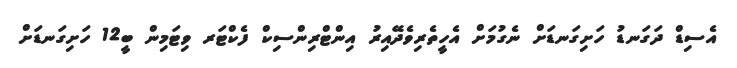
އެސިޑް ދަގަނޑު ހަށިގަނޑަށް ނެގުމަށް އެހީތެރިވެދޭއިރު އިންޓްރިންސިކް ފެކްޓަރ ވިޓަމިން ބީ12 ހަށިގަނޑަށް